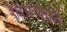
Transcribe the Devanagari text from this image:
विप्रजाति